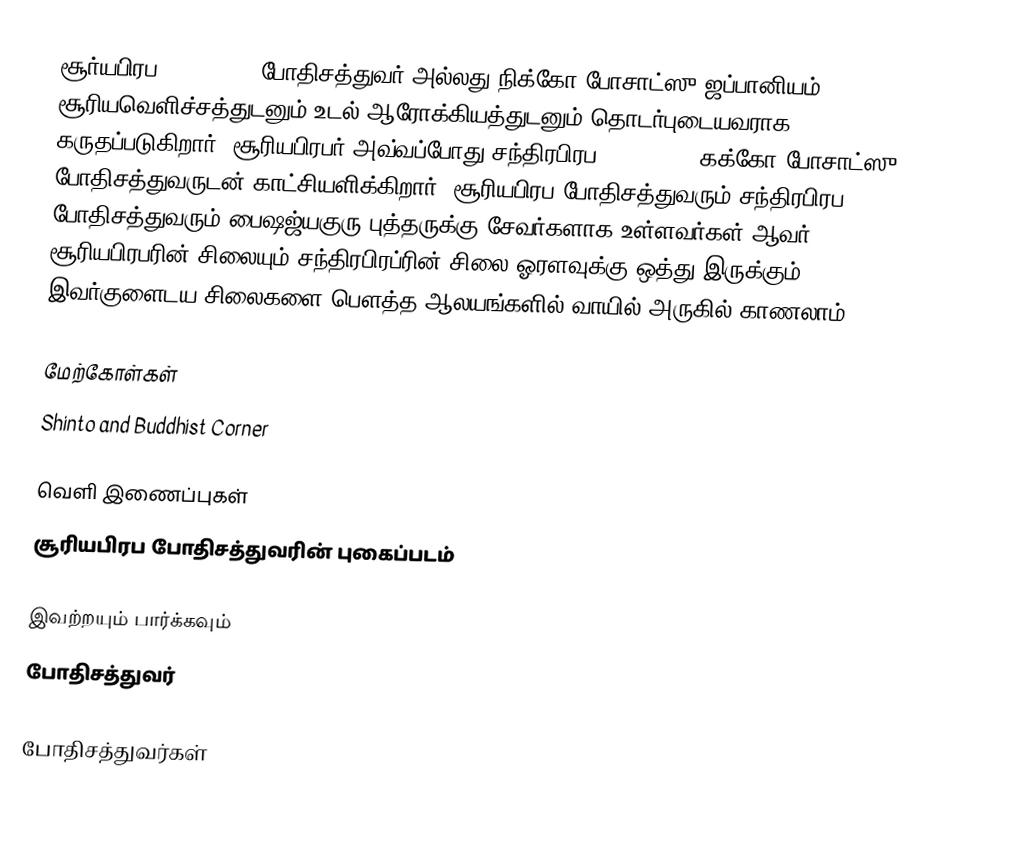
சூர்யபிரப(सूर्यप्रभ) போதிசத்துவர் அல்லது நிக்கோ போசாட்ஸு(ஜப்பானியம்) சூரியவெளிச்சத்துடனும் உடல் ஆரோக்கியத்துடனும் தொடர்புடையவராக கருதப்படுகிறார். சூரியபிரபர் அவ்வப்போது சந்திரபிரப(चंद्रप्रभ)(கக்கோ போசாட்ஸு) போதிசத்துவருடன் காட்சியளிக்கிறார். சூரியபிரப போதிசத்துவரும் சந்திரபிரப போதிசத்துவரும் பைஷஜ்யகுரு புத்தருக்கு சேவர்களாக உள்ளவர்கள் ஆவர். சூரியபிரபரின் சிலையும் சந்திரபிரப்ரின் சிலை ஓரளவுக்கு ஒத்து இருக்கும். இவர்குளைடய சிலைகளை பௌத்த ஆலயங்களில் வாயில் அருகில் காணலாம்

மேற்கோள்கள்
 Shinto and Buddhist Corner

வெளி இணைப்புகள்
 சூரியபிரப போதிசத்துவரின் புகைப்படம்

இவற்றயும் பார்க்கவும்
 போதிசத்துவர்

போதிசத்துவர்கள்